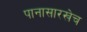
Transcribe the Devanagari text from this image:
पानासारखेच